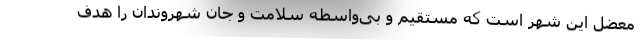
معضل این شهر است که مستقیم و بی‌واسطه سلامت و جان شهروندان را هدف